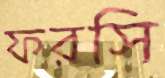
ফরসি